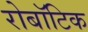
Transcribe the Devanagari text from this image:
रोबॉटिक